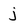
Character: j